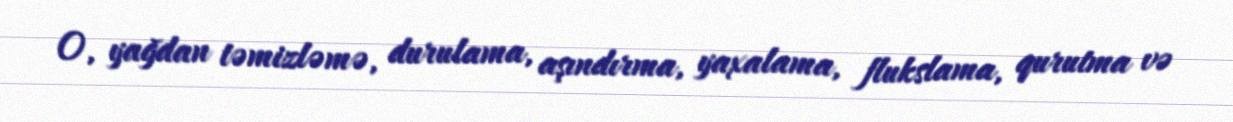
O, yağdan təmizləmə, durulama, aşındırma, yaxalama, flukslama, qurutma və